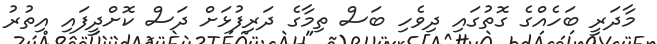
މާދަރީ ބަހެއްގެ ގޮތުގައި ދިވެހި ބަސް ތިމާގެ ދަރިފުޅަށް ދަސް ކޮށްދީފައި އިތުރު